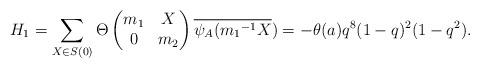
LaTeX: \begin{align*} H_1=\sum_{X \in S(0)}\Theta \begin{pmatrix} m_1 & X\\ 0 & m_2\end{pmatrix}\overline{\psi_A({m_1}^{-1}X})=-\theta(a)q^8(1-q)^2(1-q^2).\end{align*}